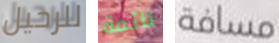
للرحيل نائمة مسافة